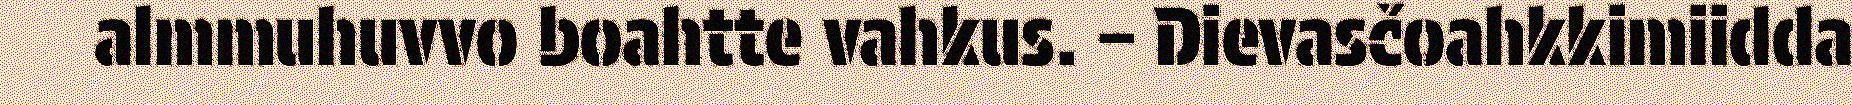
almmuhuvvo boahtte vahkus. – Dievasčoahkkimiidda